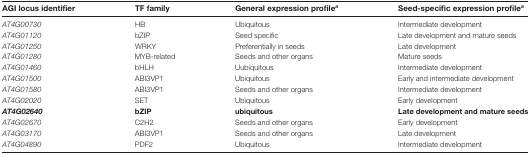
<table><thead><tr><td><b>AGI locus identifier</b></td><td><b>TF family</b></td><td><b>General expression profile<sup><i>a</i></sup></b></td><td><b>Seed-specific expression profile<sup><i>a</i></sup></b></td></tr></thead><tbody><tr><td><i>AT4G00730</i></td><td>HB</td><td>Ubiquitous</td><td>Intermediate development</td></tr><tr><td><i>AT4G01120</i></td><td>bZIP</td><td>Seed specific</td><td>Late development and mature seeds</td></tr><tr><td><i>AT4G01250</i></td><td>WRKY</td><td>Preferentially in seeds</td><td>Late development</td></tr><tr><td><i>AT4G01280</i></td><td>MYB-related</td><td>Seeds and other organs</td><td>Mature seeds</td></tr><tr><td><i>AT4G01460</i></td><td>bHLH</td><td>Uubiquitous</td><td>Intermediate development</td></tr><tr><td><i>AT4G01500</i></td><td>ABI3VP1</td><td>Ubiquitous</td><td>Early and intermediate development</td></tr><tr><td><i>AT4G01580</i></td><td>ABI3VP1</td><td>Seeds and other organs</td><td>Intermediate development</td></tr><tr><td><i>AT4G02020</i></td><td>SET</td><td>Ubiquitous</td><td>Early development</td></tr><tr><td><b><i>AT4G02640</i></b></td><td><b>bZIP</b></td><td><b>ubiquitous</b></td><td><b>Late development and mature seeds</b></td></tr><tr><td><i>AT4G02670</i></td><td>C2H2</td><td>Seeds and other organs</td><td>Early development</td></tr><tr><td><i>AT4G03170</i></td><td>ABI3VP1</td><td>Seeds and other organs</td><td>Late development</td></tr><tr><td><i>AT4G04890</i></td><td>PDF2</td><td>Ubiquitous</td><td>Intermediate development</td></tr></tbody></table>